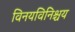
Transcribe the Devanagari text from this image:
विनयविनिश्चय